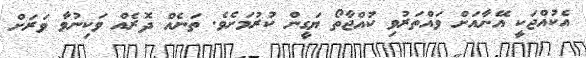
އެކުއްޖަކީ އޭނާއަށް ވައްތަރުވި ކުއްޖާތޯ ޔަގީން ކުރުމަށެވެ. ތަނެއް ދޮރެއް ވަކިނުވާ ވަރަށް